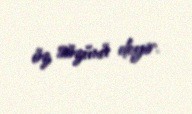
öz sözünü deyir.